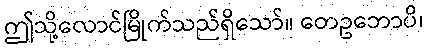
ဤသို့လောင်မြိုက်သည်ရှိသော်။ တေဥဘောပိ၊